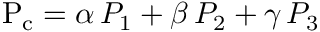
\mathrm { P _ { c } } = \alpha \, P _ { 1 } + \beta \, P _ { 2 } + \gamma \, P _ { 3 }